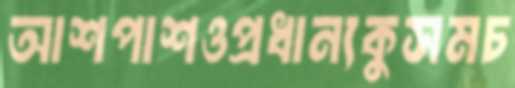
আশপাশওপ্রধান্যকুসমচ